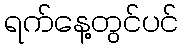
ရက်နေ့တွင်ပင်